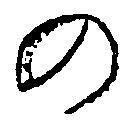
の